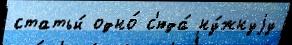
статьи́ одно́ с'юда́ ну́жнуjу